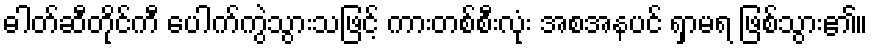
ဓါတ်ဆီတိုင်ကီ ပေါက်ကွဲသွားသဖြင့် ကားတစ်စီးလုံး အစအနပင် ရှာမရ ဖြစ်သွား၏။